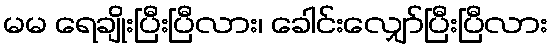
မမ ရေချိုးပြီးပြီလား၊ ခေါင်းလျှော်ပြီးပြီလား